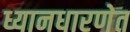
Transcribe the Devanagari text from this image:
ध्यानधारणेत